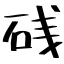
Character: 𥒎